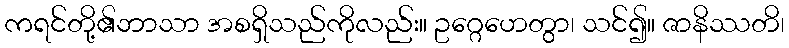
ကရင်တို့၏ဘာသာ အစရှိသည်ကိုလည်း။ ဥဂ္ဂေဟေတွာ၊ သင်၍။ ဇာနိဿတိ၊